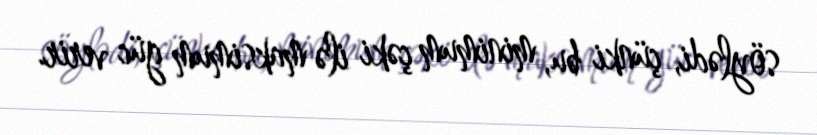
söylədi, çünki bu, minimum çəki ilə maksimum güc verir.